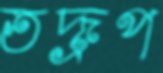
তদ্রূপ